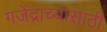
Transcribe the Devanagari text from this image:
गजेंद्राच्यासाठी